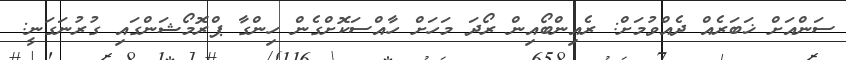
ސަންއަށް ޚަބަރެއް ދެއްވުމަށް: ރެއިންބޯއިން ރޯދަ މަހަށް ހާއްސަކޮށްގެން ހިންގާ ޕްރޮމޯޝަންގައި ގުރުނަގަނީ: